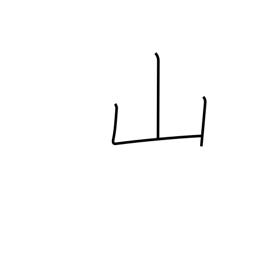
Meaning: mountain